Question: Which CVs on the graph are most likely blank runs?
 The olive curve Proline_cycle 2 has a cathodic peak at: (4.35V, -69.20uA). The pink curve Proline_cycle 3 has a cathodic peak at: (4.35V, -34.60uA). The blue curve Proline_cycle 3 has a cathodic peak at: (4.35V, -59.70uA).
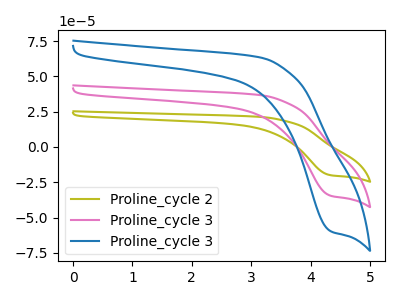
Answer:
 <answer>There are not any CV's on this graph that are likely to be blanks.</answer>
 <eval>none</eval>